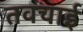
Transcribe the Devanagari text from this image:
तवचाई